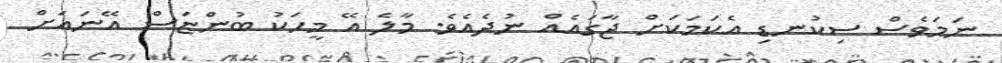
ނަމަވެސް ސިކުނޑި އެކަމަކަށް ޖާގައެއް ނުދެއެވެ. މާލެ އޭ މީހަކު ބުންޏަސް އޭނައަށް